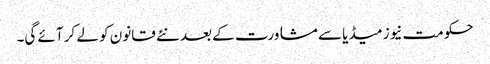
حکومت نیوز میڈیا سے مشاورت کے بعد نئے قانون کو لے کر آئے گی۔